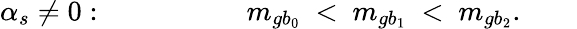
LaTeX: \alpha_{s}\ne 0:\qquad\qquad\ \ \ \ m_{gb_{0}}\ <\ m_{gb_{1}}\ <\ m_{gb_{2}}.\qquad